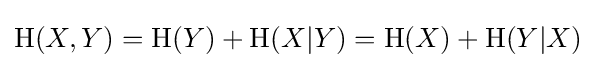
\mathrm {H} (X,Y)=\mathrm {H} (Y)+\mathrm {H} (X|Y)=\mathrm {H} (X)+\mathrm {H} (Y|X)